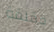
مقلقة